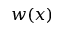
w ( x )